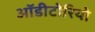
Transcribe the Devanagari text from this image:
ऑडीटोरियो